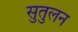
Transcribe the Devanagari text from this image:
सुतुलन